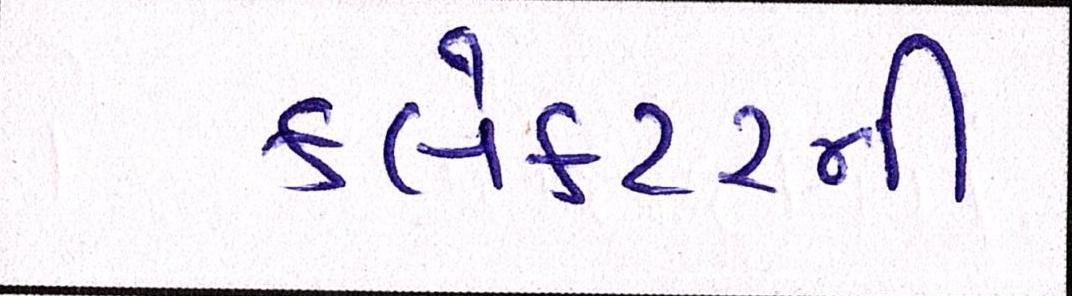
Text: કલેક્ટરની